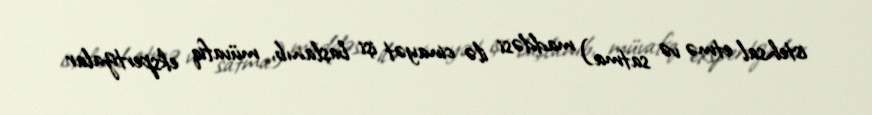
istehsal etmə və satma) maddəsi ilə cinayət işi başlanıb, müvafiq ekspertizalar